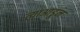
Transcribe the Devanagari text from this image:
त्याआडून